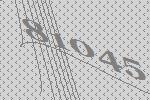
81045